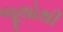
જૂથોથી